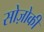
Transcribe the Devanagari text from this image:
सोज़ोकी